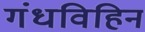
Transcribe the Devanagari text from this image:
गंधविहिन